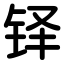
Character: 铎